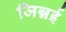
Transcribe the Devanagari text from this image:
जिन्नई